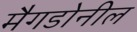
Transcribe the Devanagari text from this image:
मैगडोनील